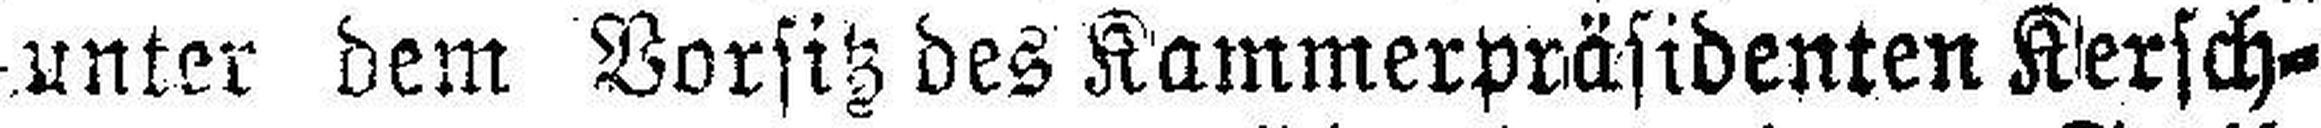
unter dem Vorsitz des Kammerpräsidenten Kersch¬